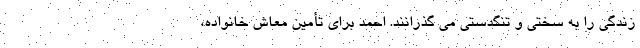
زندگی را به سختی و تنگدستی می گذرانند. احمد برای تأمین معاش خانواده،